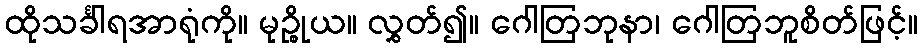
ထိုသင်္ခါရအာရုံကို။ မုဉ္စိုယ။ လွှတ်၍။ ဂေါတြဘုနာ၊ ဂေါတြဘူစိတ်ဖြင့်။